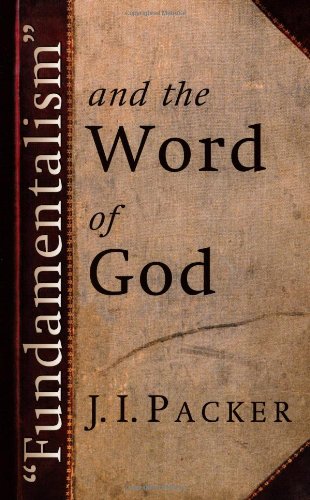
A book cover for "Fundamentalism" and the Word of God; J. I. Packer; Christian Books & Bibles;